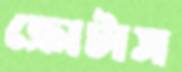
ক্রোটাস